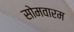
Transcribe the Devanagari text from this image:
सोमवारम